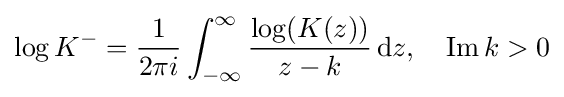
\log K^{-}={\frac {1}{2\pi i}}\int _{-\infty }^{\infty }{\frac {\log(K(z))}{z-k}}\,{\textrm {d}}z,\quad \operatorname {Im} k>0